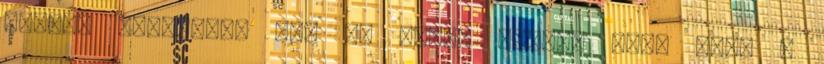
ikonra kattintva egy új oldal nyílik meg, ahol a